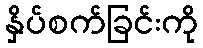
နှိပ်စက်ခြင်းကို